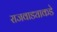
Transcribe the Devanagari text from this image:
राजवाड्याकडे